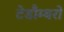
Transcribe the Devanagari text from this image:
टेडौम्बरो